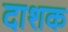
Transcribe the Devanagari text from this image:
दाशक